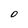
Character: 0